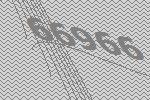
66966